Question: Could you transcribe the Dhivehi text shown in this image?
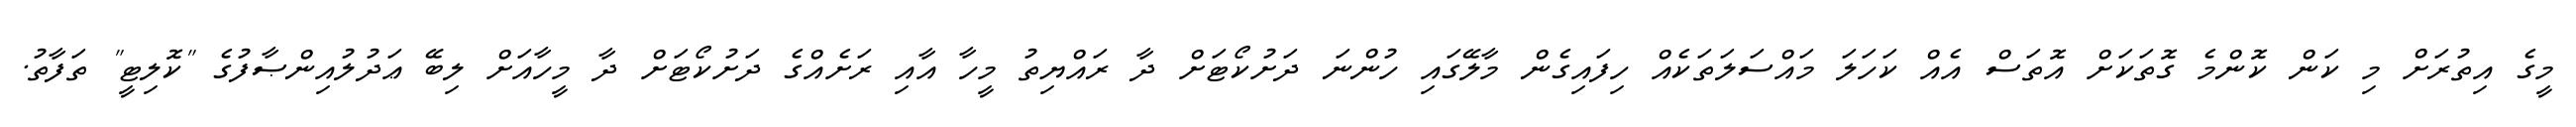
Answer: މީގެ އިތުރަށް މި ކަން ކޮންމެ ގޮތަކަށް އޮތަސް އެއް ކަހަލަ މައްސަލަތަކެއް ހިފައިގެން މާލޭގައި ހުންނަ ދަށުކޯޓަށް ދާ ރައްޔިތު މީހާ އާއި ރަށެއްގެ ދަށުކޯޓަށް ދާ މީހާއަށް ލިބޭ ޢަދުލުއިންޞާފުގެ "ކޮލިޓީ" ތަފާތު.